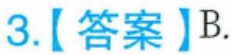
3.【答案】B.